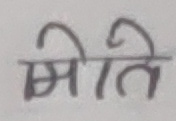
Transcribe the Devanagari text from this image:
मीति